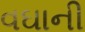
વઘાની